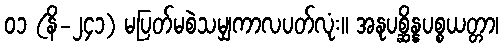
၀၁ (နိ-၂၄၁) မပြတ်မစဲသမျှကာလပတ်လုံး။ အနုပစ္ဆိန္နပစ္စယတ္တာ၊